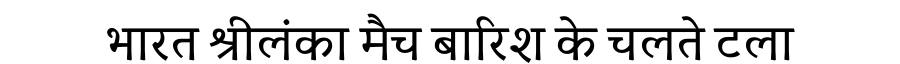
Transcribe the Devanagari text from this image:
भारत श्रीलंका मैच बारिश के चलते टला